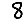
Digit: 8